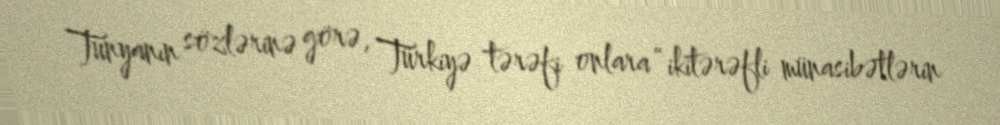
Tunyanın sözlərinə görə, Türkiyə tərəfi onlara “ikitərəfli münasibətlərin